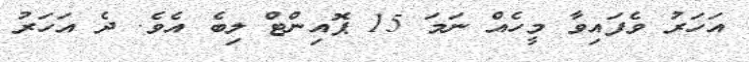
އަހަރު ވެފައިވާ މީހެއް ނަމަ 15 ޕޮއިންޓް ލިބެ އެވެ. ދެ އަހަރު